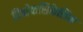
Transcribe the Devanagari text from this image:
डियोकसिकेलिक